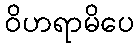
ဝိဟရာမိပေ